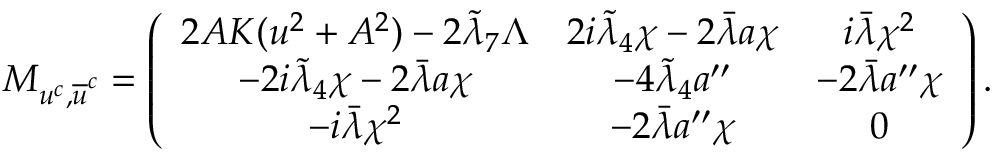
M _ { u ^ { c } , \overline { { { u } } } ^ { c } } = \left( \begin{array} { c c c } { { 2 { \cal A } K ( u ^ { 2 } + A ^ { 2 } ) - 2 \tilde { \lambda } _ { 7 } \Lambda } } & { { 2 i \tilde { \lambda } _ { 4 } \chi - 2 \bar { \lambda } a \chi } } & { { i \bar { \lambda } \chi ^ { 2 } } } \\ { { - 2 i \tilde { \lambda } _ { 4 } \chi - 2 \bar { \lambda } a \chi } } & { { - 4 \tilde { \lambda } _ { 4 } a ^ { \prime \prime } } } & { { - 2 \bar { \lambda } a ^ { \prime \prime } \chi } } \\ { { - i \bar { \lambda } \chi ^ { 2 } } } & { { - 2 \bar { \lambda } a ^ { \prime \prime } \chi } } & { { 0 } } \end{array} \right) .